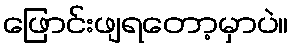
ဖြောင်းဖျရတော့မှာပဲ။